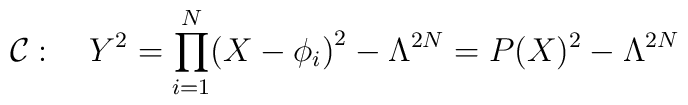
{\cal C}: \quad Y^2 = \prod_{i=1}^N \bigl(X-\phi_i\bigr)^2 - \Lambda^{2N} = P(X)^2 - \Lambda^{2N}